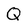
Character: Q